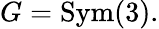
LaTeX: G={\mathrm{Sym}}(3).